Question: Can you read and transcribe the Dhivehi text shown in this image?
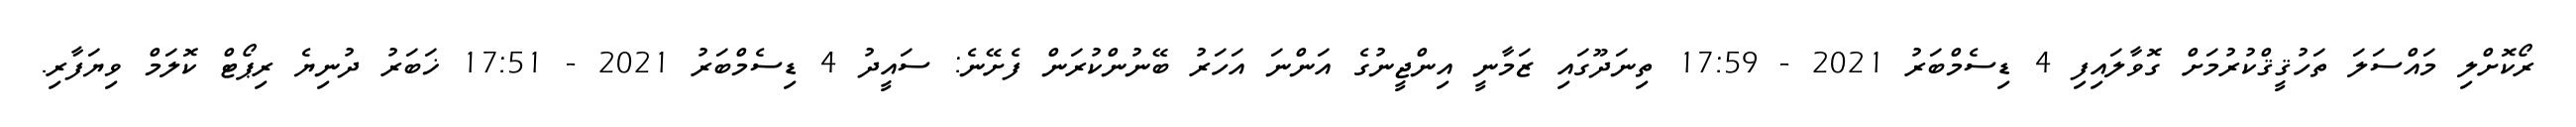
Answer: ރޯކޮށްލި މައްސަލަ ތަހުޤީޤްކުރުމަށް ގޮވާލައިފި 4 ޑިސެމްބަރު 2021 - 17:59 ތިނަދޫގައި ޒަމާނީ އިންޖީނުގެ އަންނަ އަހަރު ބޭނުންކުރަން ފެށޭނެ: ސައީދު 4 ޑިސެމްބަރު 2021 - 17:51 ޚަބަރު ދުނިޔެ ރިޕޯޓް ކޮލަމް ވިޔަފާރި.